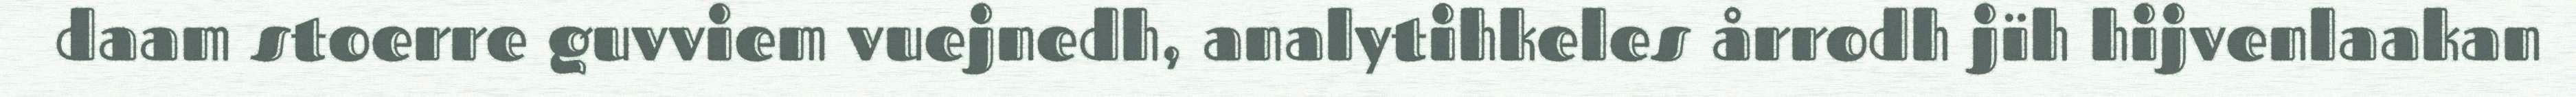
daam stoerre guvviem vuejnedh, analytihkeles årrodh jïh hijvenlaakan